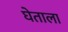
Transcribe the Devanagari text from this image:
घेताला